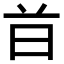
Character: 𣅑